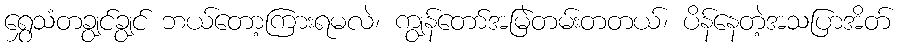
ရွှေသံတချွင်ချွင် ဘယ်တော့ကြားရမလဲ၊ ကျွန်တော်အမြဲတမ်းတတယ်၊ ပိန်နေတဲ့အသပြာအိတ်